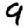
Digit: 9